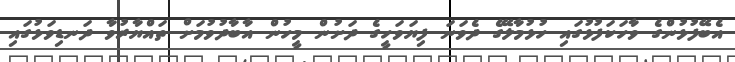
އެބޭފުޅުންގެ ވާހަކަފުޅުގައި ހުޅުމާލޭގެ ދެވަނަ ފިޔަވަހީގެ ދަށުން މީހުން އާބާދުވުމަށް ތައްޔާރުވާ ދަނޑިވަޅުގައި